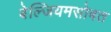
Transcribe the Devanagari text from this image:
बेल्जियमसोबत